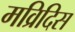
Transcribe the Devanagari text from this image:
मव्रिदिस